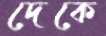
দেকে